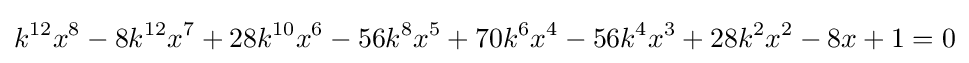
k^{12}x^{8}-8k^{12}x^{7}+28k^{10}x^{6}-56k^{8}x^{5}+70k^{6}x^{4}-56k^{4}x^{3}+28k^{2}x^{2}-8x+1=0